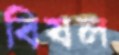
বিষল